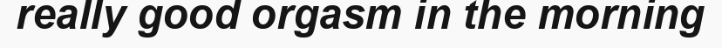
really good orgasm in the morning